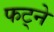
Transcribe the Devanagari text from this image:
फट्ने